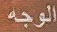
الوجه